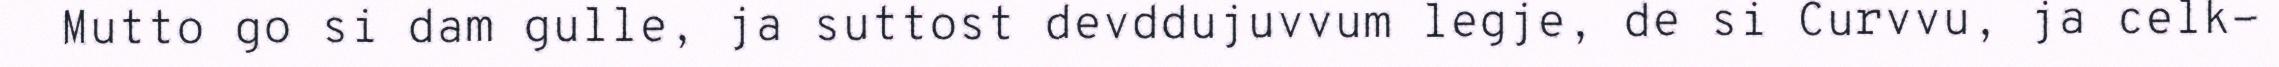
Mutto go si dam gulle, ja suttost devddujuvvum legje, de si Curvvu, ja celk-